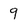
Character: 9